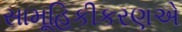
સામૂહિકીકરણએ